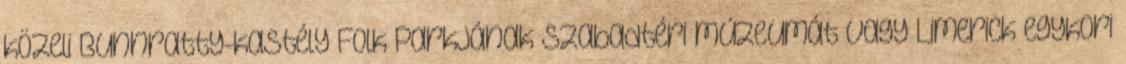
közeli Bunnratty-kastély Folk Parkjának szabadtéri múzeumát vagy Limerick egykori